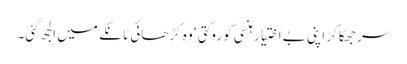
سر جھکا کر اپنی بے اختیار ہنسی کو روکتی‘ وہ کڑھائی ٹانکے میں الجھ گئی۔